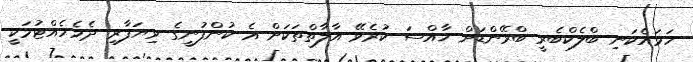
ހަމައެކަނި ބްލެކްބެރީ ބްރޭންޑަށް ޚާއްސަ ކުރެވޭ އާލާތްތަކަށް އެ ކުންފުނީގެ ވިޔަފާރި ދެމެހެއްޓުމަކީ